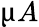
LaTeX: \upmu A